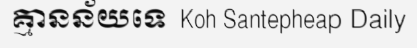
គ្មានន័យទេ  Koh Santepheap Daily